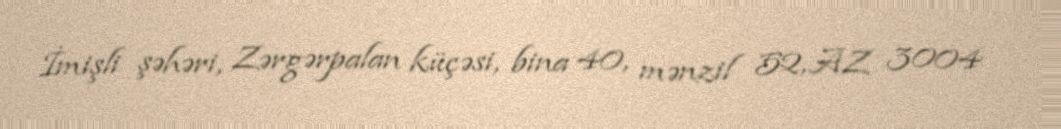
İmişli şəhəri, Zərgərpalan küçəsi, bina 40, mənzil 52, AZ 3004